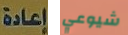
إعادة شيوعي